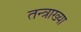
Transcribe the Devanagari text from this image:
तन्त्राख्या